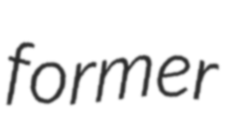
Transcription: former